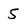
Character: S